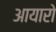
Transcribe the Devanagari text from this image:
आयारो